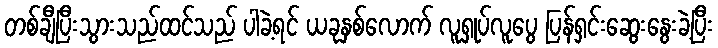
တစ်ချီပြီးသွားသည်ထင်သည် ပါခဲ့ရင် ယခုနှစ်လောက် လူရှုပ်လူပွေ ပြန်ရှင်းဆွေးနွေးခဲ့ပြီး